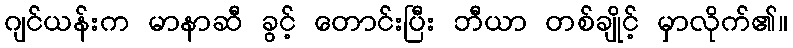
ဂျင်ယန်းက မာနာဆီ ခွင့် တောင်းပြီး ဘီယာ တစ်ချိုင့် မှာလိုက်၏။